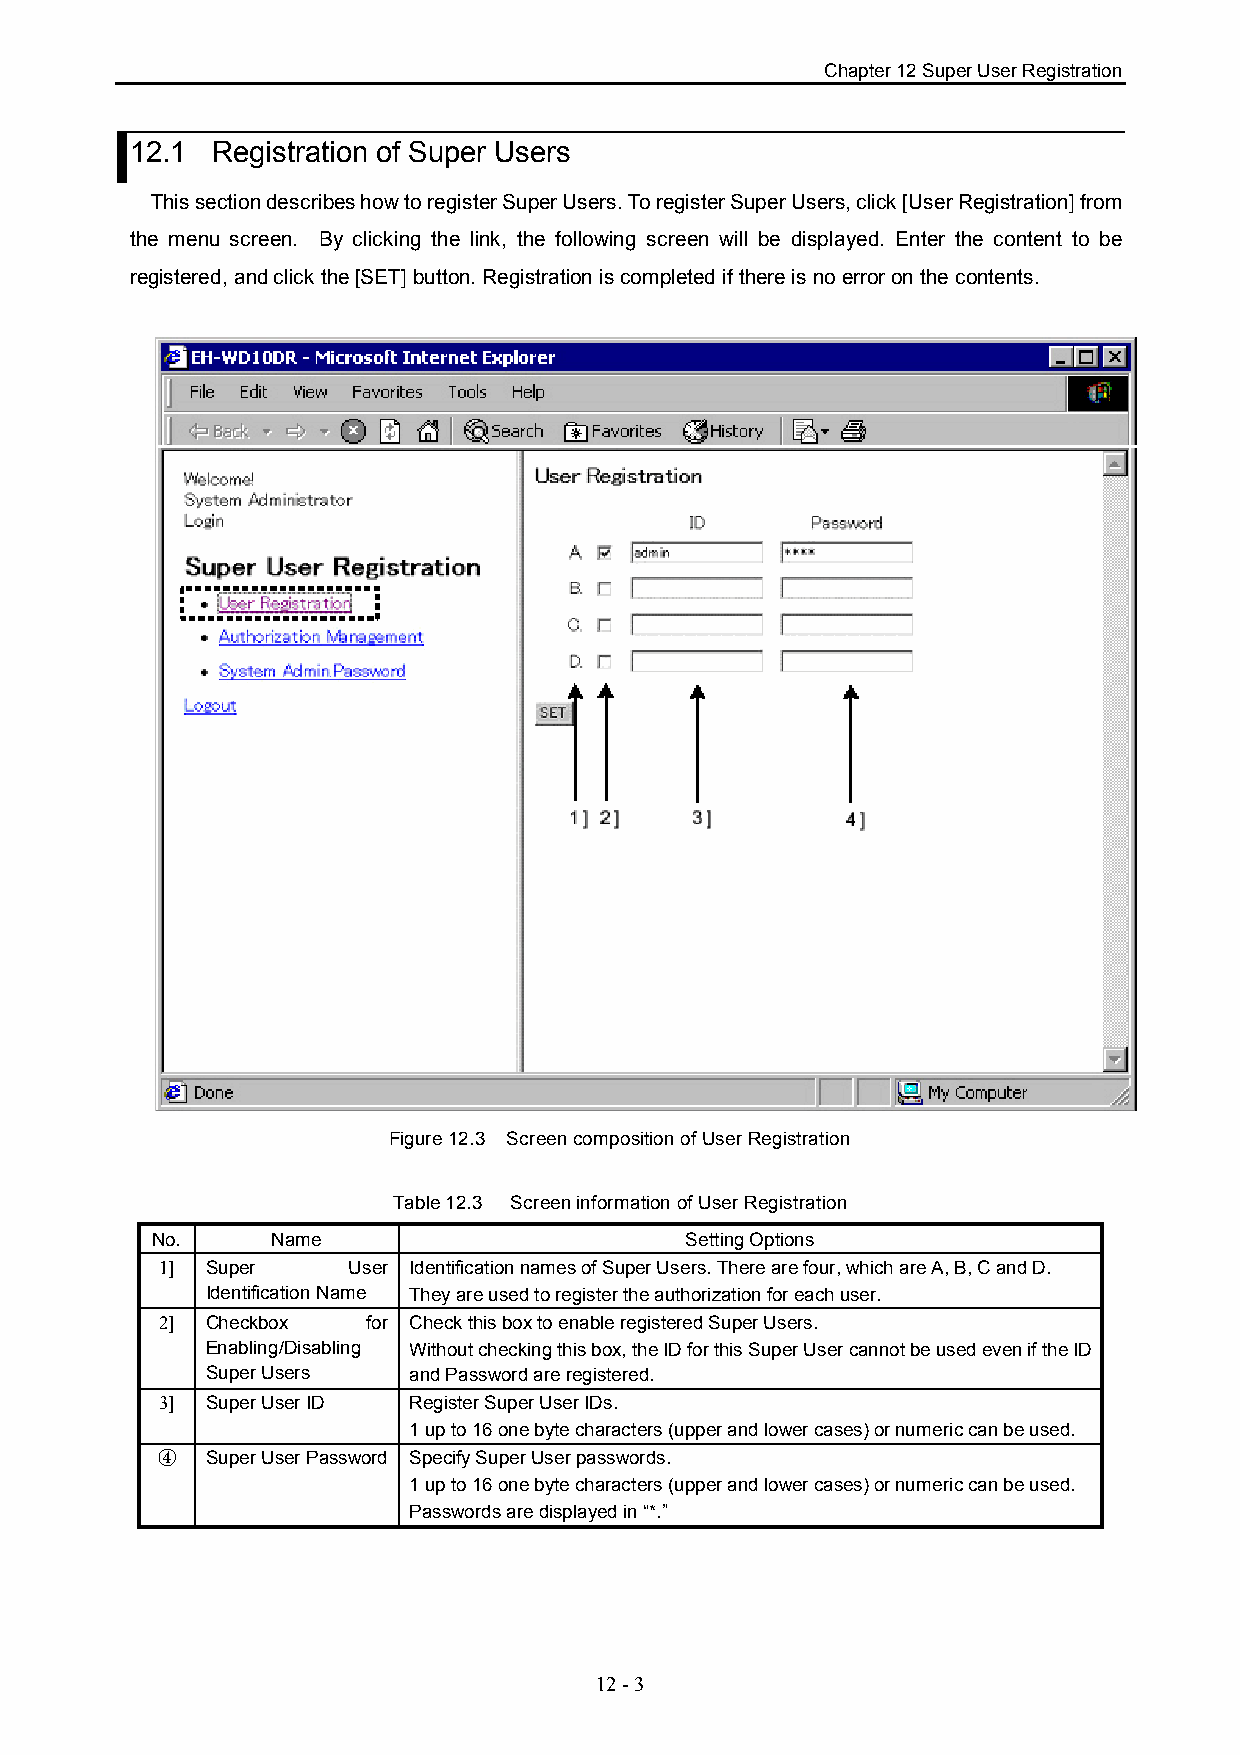
Chapter 12 Super User Registration
 12.1 Registration of Super Users
 This section describes how to register Super Users. To register Super Users, click [User Registration] from
 the menu screen. By clicking the link, the following screen will be displayed. Enter the content to be
 registered, and click the [SET] button. Registration is completed if there is no error on the contents.
 Figure 12.3 Screen composition of User Registration
 Table 12.3 Screen information of User Registration
 No.     Name                       Setting Options
 1] Super    User Identification names of Super Users. There are four, which are A, B, C and D.
 Identification Name They are used to register the authorization for each user.
 2] Checkbox  for Check this box to enable registered Super Users.
 Enabling/Disabling Without checking this box, the ID for this Super User cannot be used even if the ID
 Super Users  and Password are registered.
 3] Super User ID Register Super User IDs.
 1 up to 16 one byte characters (upper and lower cases) or numeric can be used.
 ④   Super User Password Specify Super User passwords.
 1 up to 16 one byte characters (upper and lower cases) or numeric can be used.
 Passwords are displayed in “*.”
 12 - 3